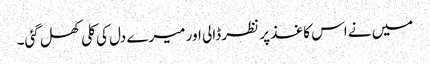
میں نے اس کاغذ پر نظر ڈالی اور میرے دل کی کلی کھل گئی۔